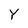
Character: Y